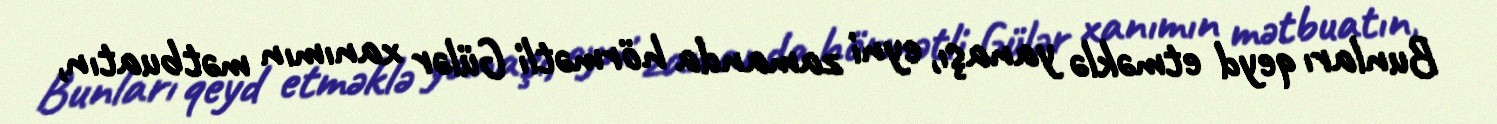
Bunları qeyd etməklə yanaşı, eyni zamanda hörmətli Gülər xanımın mətbuatın,